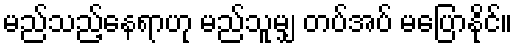
မည်သည့်နေရာဟု မည်သူမျှ တပ်အပ် မပြောနိုင်။